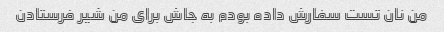
من نان تست سفارش داده بودم به جاش برای من شیر فرستادن